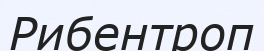
Рибентроп